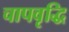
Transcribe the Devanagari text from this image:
चापवृद्धि